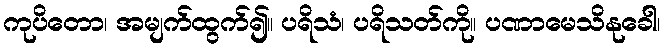
ကုပိတော၊ အမျက်ထွက်၍။ ပရိသံ၊ ပရိသတ်ကို။ ပဏာမေသိနုခေါ၊